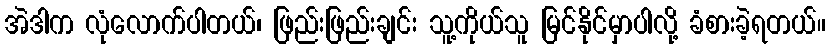
အဲဒါက လုံလောက်ပါတယ်၊ ဖြည်းဖြည်းချင်း သူ့ကိုယ်သူ မြင်နိုင်မှာပါလို့ ခံစားခဲ့ရတယ်။